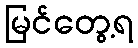
မြင်တွေ့ရ